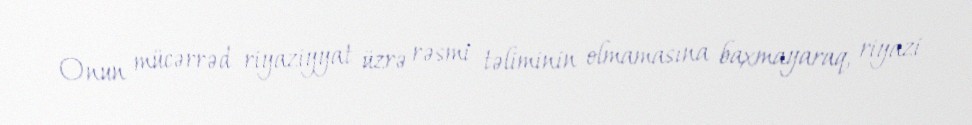
Onun mücərrəd riyaziyyat üzrə rəsmi təliminin olmamasına baxmayaraq, riyazi